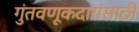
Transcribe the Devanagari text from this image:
गुंतवणूकदारांसाठी